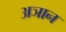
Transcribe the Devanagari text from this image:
अञान